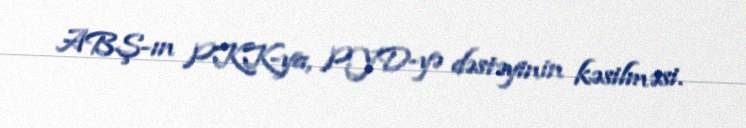
ABŞ-ın PKK-ya, PYD-yə dəstəyinin kəsilməsi.